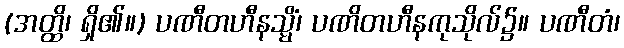
(အတ္ထိ၊ ရှိ၏။) ပဏီတဟီနသ္မိံ၊ ပဏိတဟီနကုသိုလ်၌။ ပဏီတံ၊